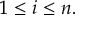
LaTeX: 1 \leq i \leq n .